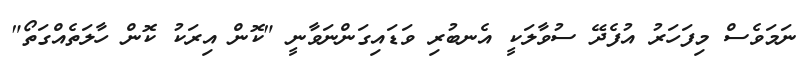
ނަމަވެސް މިފަހަރު އުފެދޭ ސުވާލަކީ އެނބުރި ވަޑައިގަންނަވާނީ "ކޮން އިރަކު ކޮން ހާލަތެއްގަތޯ"